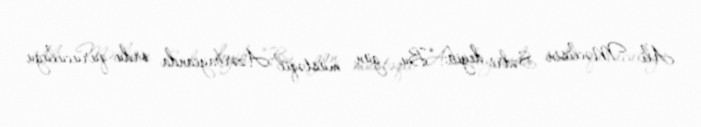
Ali Məclisin Sədri deyib: “Bu gün müstəqil Azərbaycanda ordu quruculuğu